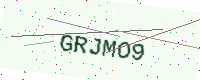
Text: GRJMO9